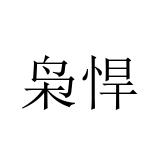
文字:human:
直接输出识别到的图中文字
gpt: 枭悍